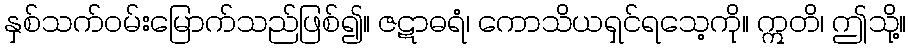
နှစ်သက်ဝမ်းမြောက်သည်ဖြစ်၍။ ဇဋာဓရံ၊ ကောသိယရှင်ရသေ့ကို။ ဣတိ၊ ဤသို့။